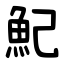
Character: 魢